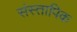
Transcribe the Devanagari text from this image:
संस्तापिक